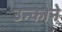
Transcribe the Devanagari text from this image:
उन्कोने